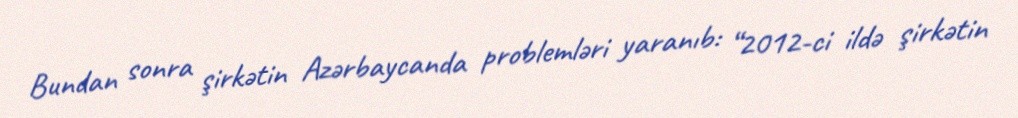
Bundan sonra şirkətin Azərbaycanda problemləri yaranıb: “2012-ci ildə şirkətin